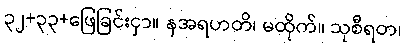
၃၂+၃၃+ဖြေခြင်းငှာ။ နအရဟတိ၊ မထိုက်။ သုစီရတ၊